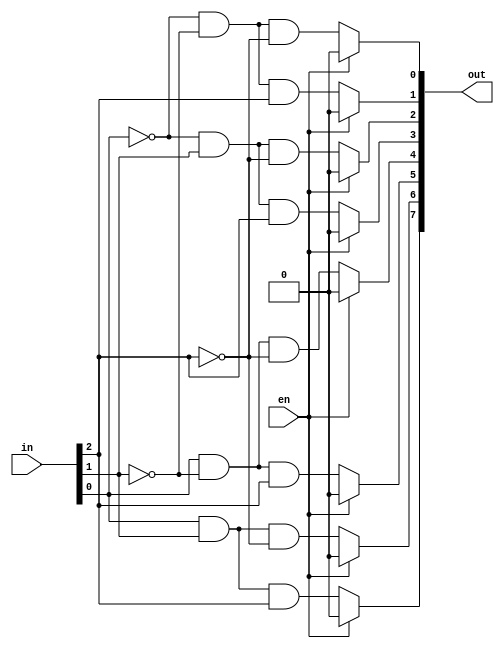
module decoder(in,en,out);
input [2:0]in;
input en;
output reg [7:0]out;
always @(*) begin
if(en) begin
out<=8'b0;
end
else begin 
 out[0] = (~in[0]) & (~in[1]) & (~in[2]);
        out[1] = (~in[0]) & (~in[1]) & (in[2]);
        out[2] = (~in[0]) & (in[1]) & (~in[2]);
        out[3] = (~in[0]) & (in[1]) & (in[2]);
        out[4] = (in[0]) & (~in[1]) & (~in[2]);
        out[5] = (in[0]) & (~in[1]) & (in[2]);
        out[6] = (in[0]) & (in[1]) & (~in[2]);
        out[7] = (in[0]) & (in[1]) & (in[2]);
  end
  end
endmodule
module test();
reg [2:0]in;
reg en;
wire [7:0]out;
decoder d1(in,en,out);
initial begin 
en=1'b1;
#5;
en=1'b0;
#5;
in=3'b000;
#5;
in=3'b001;
#5;
in=3'b010;
#5;
in=3'b100;
#5;
in=3'b110;
#5;
in=3'b111;
#5;
in=3'b011;
#5;
in=3'b101;
#10 $stop();

end
initial begin
    $monitor("time=%0t, en=%b,in=%b,out=%b", $time,en,in,out);
    $dumpfile("adder_4bit.vcd");
    $dumpvars();
  end
endmodule